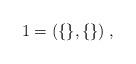
LaTeX: \begin{align*}1=(\{\},\{\})\;,\end{align*}